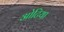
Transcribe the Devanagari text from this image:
ओटिया